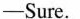
-Sure.